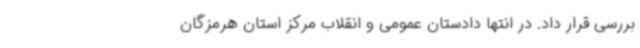
بررسی قرار داد. در انتها دادستان عمومی و انقلاب مرکز استان هرمزگان